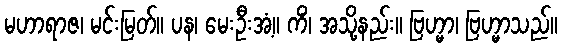
မဟာရာဇ၊ မင်းမြတ်။ ပန၊ မေးဦးအံ့။ ကိံ၊ အသို့နည်း။ ဗြဟ္မာ၊ ဗြဟ္မာသည်။